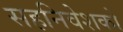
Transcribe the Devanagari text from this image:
सहनिवेशकों